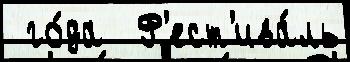
 го́да  Ф'ест'ива́ль